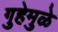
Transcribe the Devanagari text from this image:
गुहेमुळे